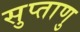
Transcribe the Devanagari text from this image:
सुप्ताणु